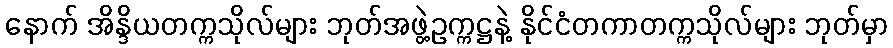
နောက် အိန္ဒိယတက္ကသိုလ်များ ဘုတ်အဖွဲ့ဥက္ကဋ္ဌနဲ့ နိုင်ငံတကာတက္ကသိုလ်များ ဘုတ်မှာ